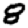
Digit: 8